65_HS1-834228961_62-HQ-83894_Section_2
Agency: FBI
Page 116
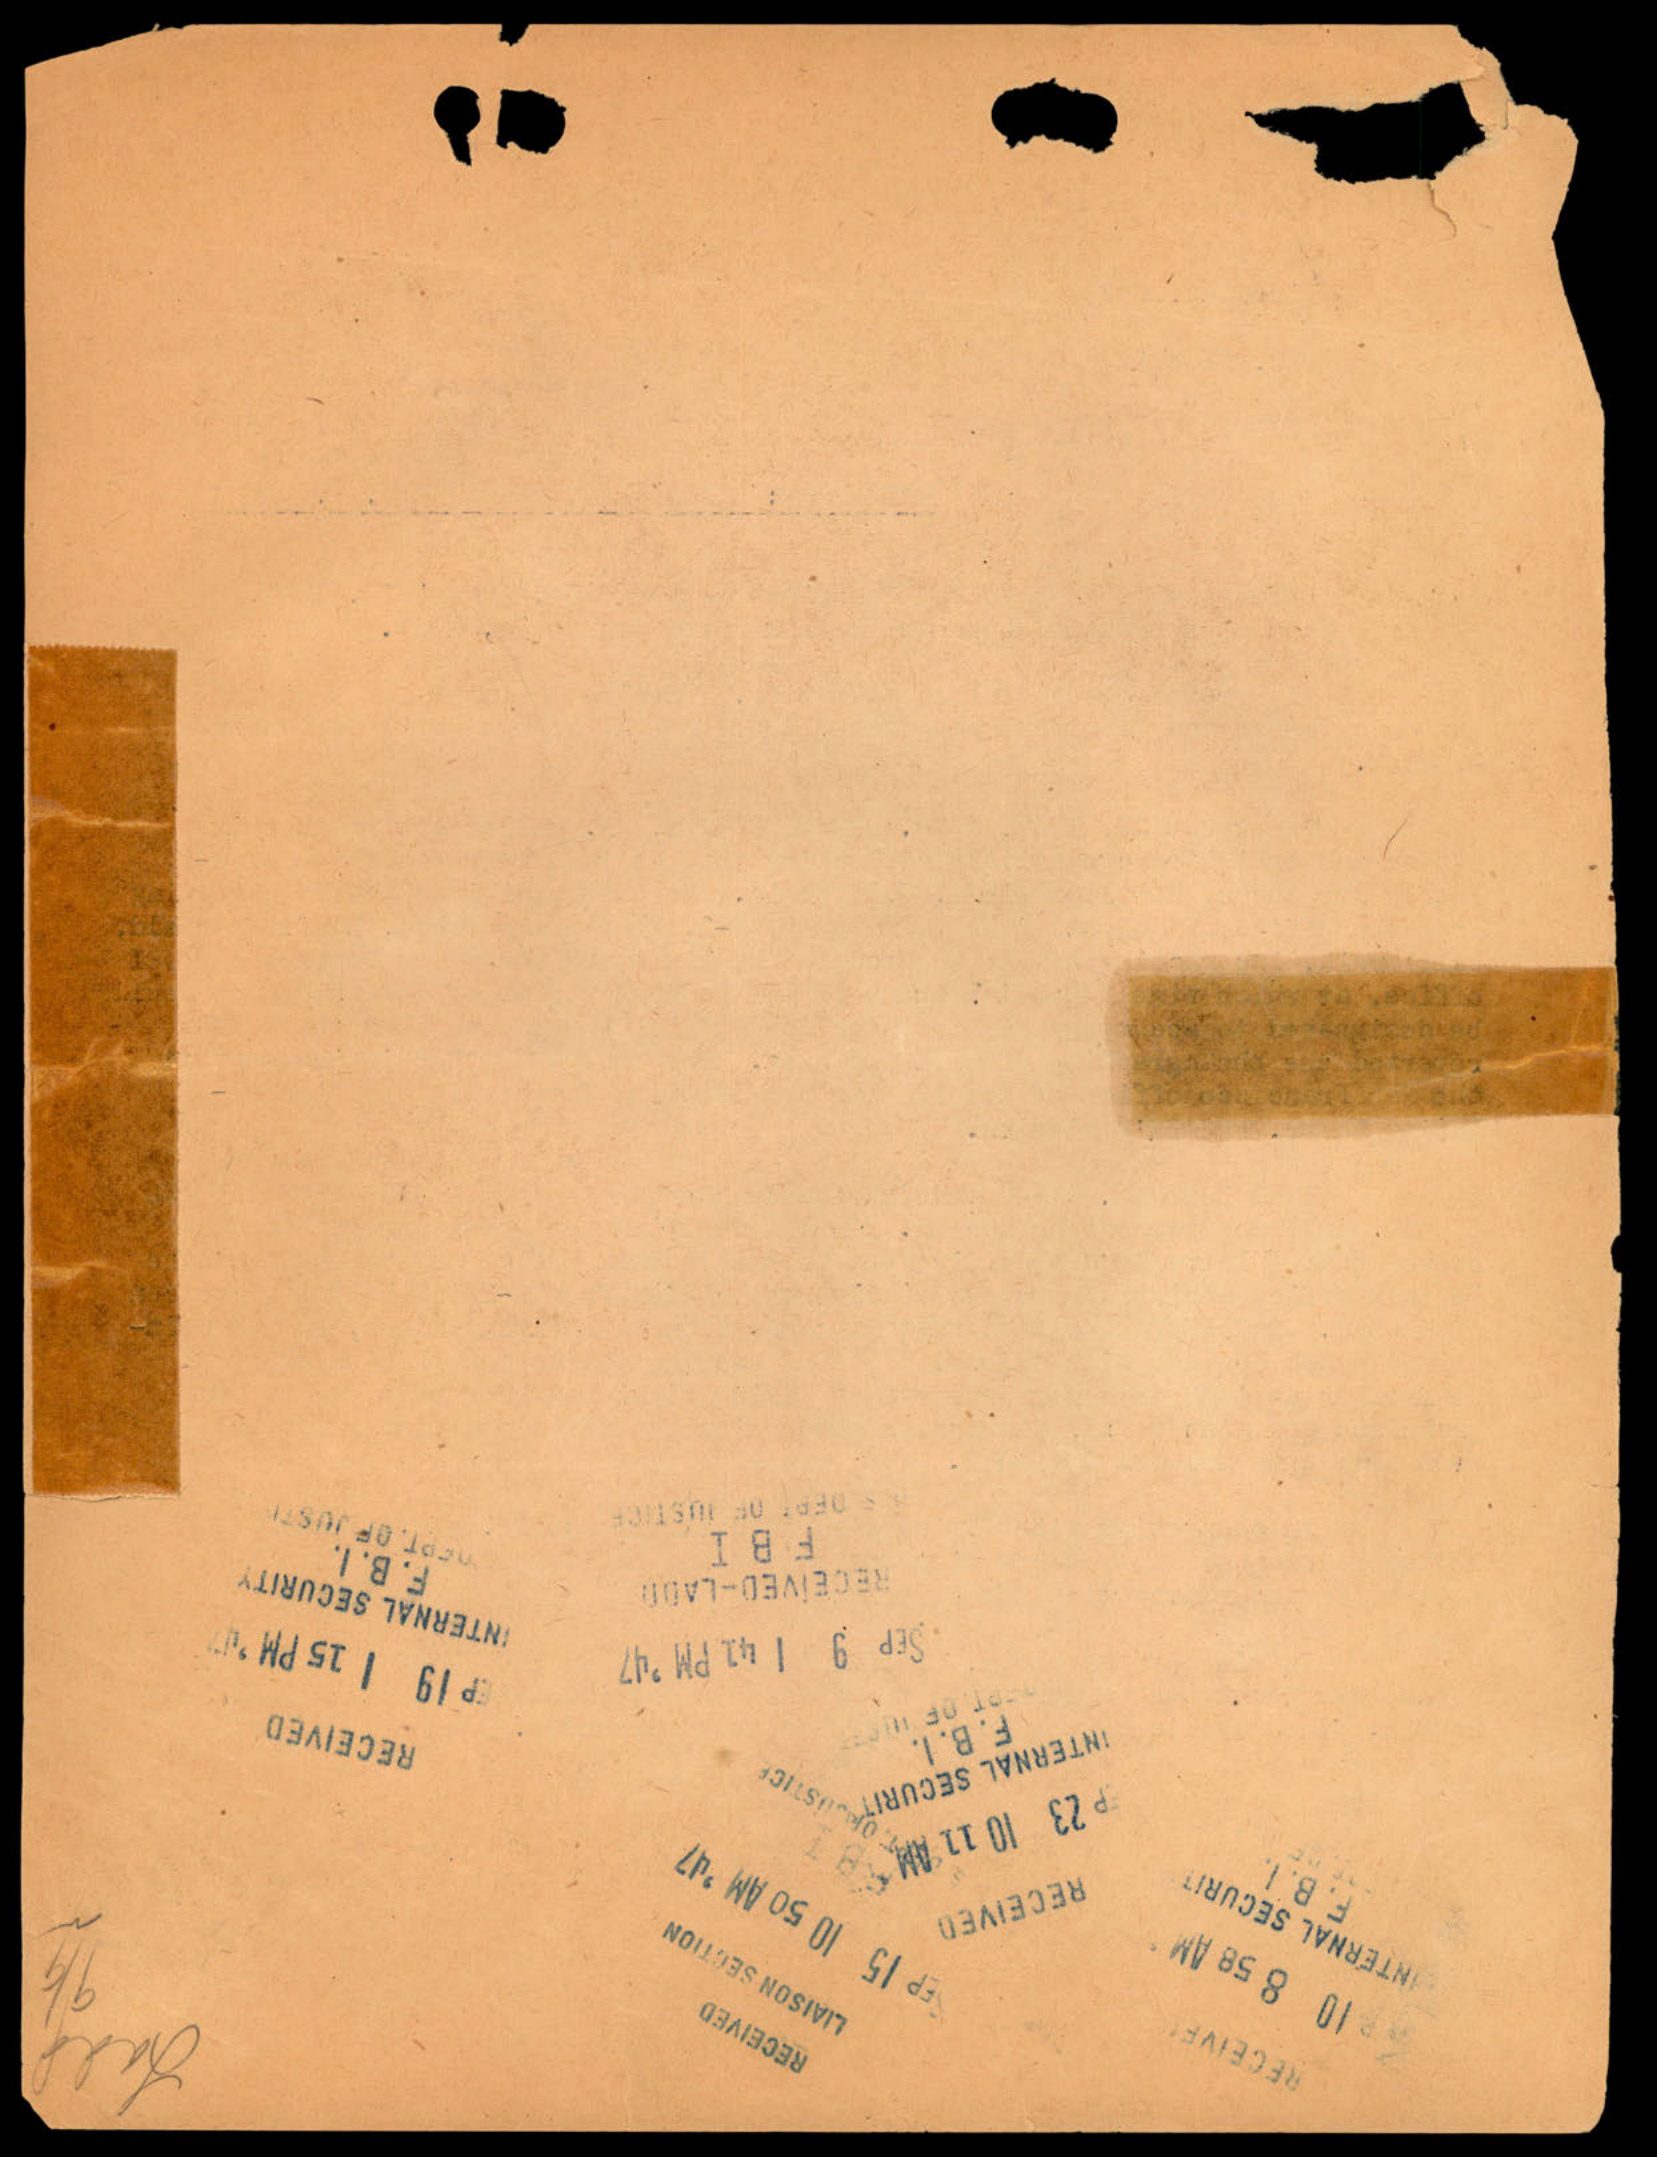